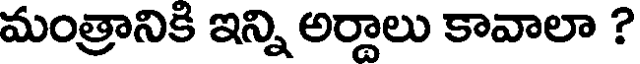
మంత్రానికి ఇన్ని అర్దాలు కావాలా ?